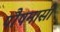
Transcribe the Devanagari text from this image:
पौषमासी